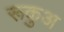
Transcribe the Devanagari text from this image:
रूकुअ